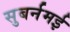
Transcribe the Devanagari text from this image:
सुबर्नमई